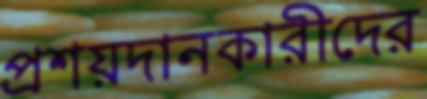
প্রশয়দানকারীদের